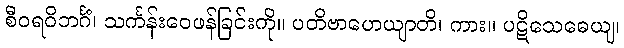
စီဝရဝိဘင်္ဂံ၊ သင်္ကန်းဝေဖန်ခြင်းကို။ ပတိဗာဟေယျာတိ၊ ကား။ ပဋိသေဓေယျ၊